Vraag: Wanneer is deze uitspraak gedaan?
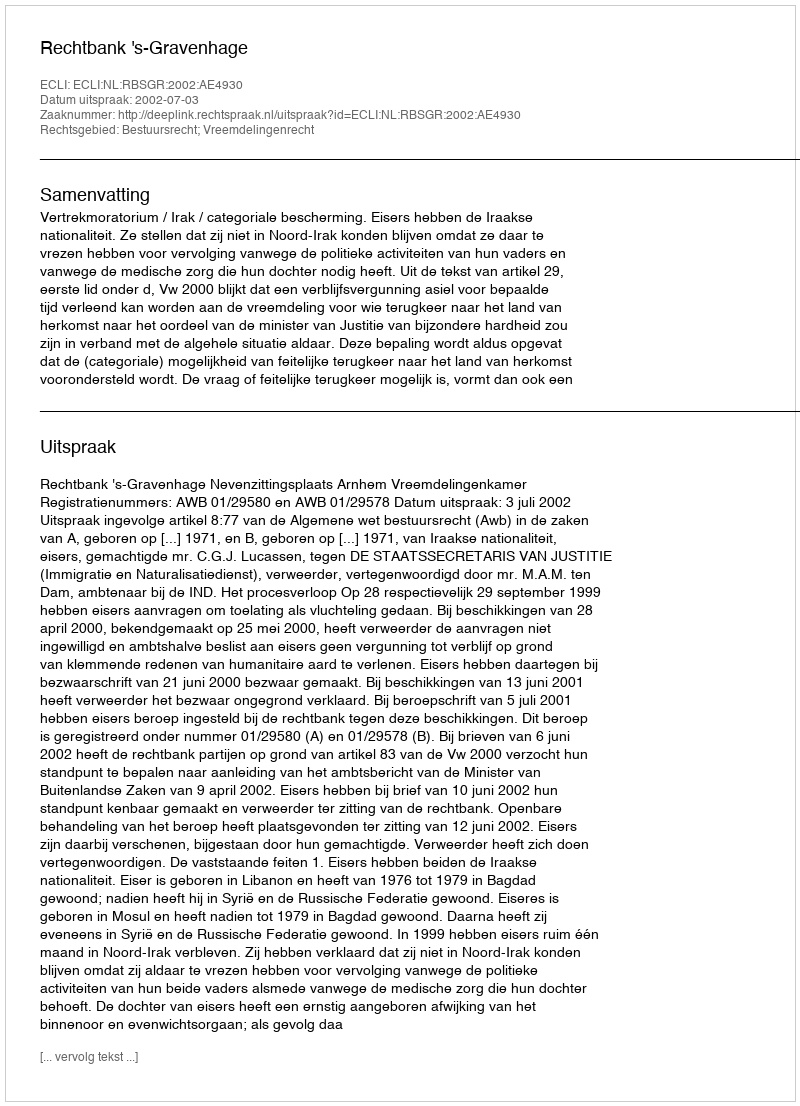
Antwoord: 2002-07-03